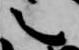
言